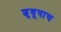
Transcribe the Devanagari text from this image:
शुश्रूषाच